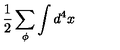
\frac { 1 } { 2 } \sum _ { \phi } \int d ^ { 4 } x \protect